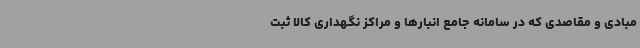
مبادی و مقاصدی که در سامانه جامع انبارها و مراکز نگهداری کالا ثبت